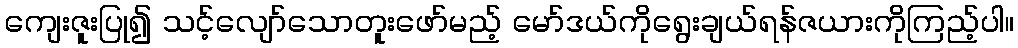
ကျေးဇူးပြု၍ သင့်လျော်သောတူးဖော်မည့် မော်ဒယ်ကိုရွေးချယ်ရန်ဇယားကိုကြည့်ပါ။